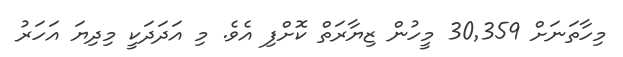
މިހާތަނަށް 30